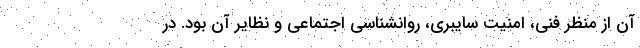
آن از منظر فنی، امنیت سایبری، روانشناسی اجتماعی و نظایر آن بود. در